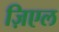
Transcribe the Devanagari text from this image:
ज़िएल